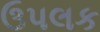
ઉપલક